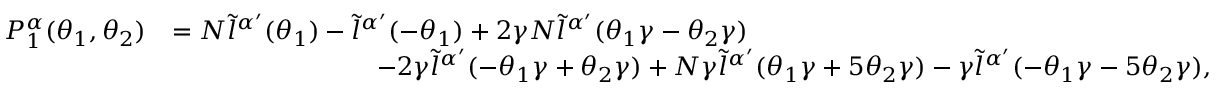
\begin{array} { r l } { P _ { 1 } ^ { \alpha } ( \theta _ { 1 } , \theta _ { 2 } ) } & { = N \tilde { l } ^ { \alpha { ' } } ( \theta _ { 1 } ) - \tilde { l } ^ { \alpha { ' } } ( - \theta _ { 1 } ) + 2 \gamma N \tilde { l } ^ { \alpha { ' } } ( \theta _ { 1 } \gamma - \theta _ { 2 } \gamma ) } \\ & { \quad \quad \quad \quad \quad \quad \quad \quad - 2 \gamma \tilde { l } ^ { \alpha { ' } } ( - \theta _ { 1 } \gamma + \theta _ { 2 } \gamma ) + N \gamma \tilde { l } ^ { \alpha { ' } } ( \theta _ { 1 } \gamma + 5 \theta _ { 2 } \gamma ) - \gamma \tilde { l } ^ { \alpha { ' } } ( - \theta _ { 1 } \gamma - 5 \theta _ { 2 } \gamma ) , } \end{array}